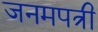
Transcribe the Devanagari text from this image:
जनमपत्री